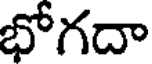
భోగదా